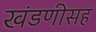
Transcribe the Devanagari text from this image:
खंडणीसह